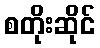
စတိုးဆိုင်